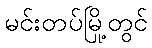
မင်းတပ်မြို့တွင်